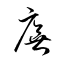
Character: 廡